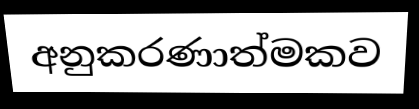
අනුකරණාත්මකව